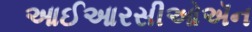
આઈઆરસીઓઍન